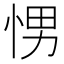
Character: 𭜽